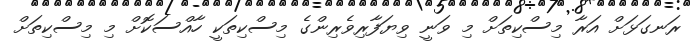
ރަނގަޅަށް އަރާ މިސްކިތަށް މި ވަނީ ވިޔަފާރިވެރިންގެ މިސްކިތަކީ ހާއްސަކޮށް މި މިސްކިތަށް